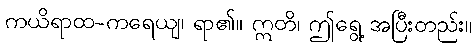
ကယိရာထ-ကရေယျ၊ ရာ၏။ ဣတိ၊ ဤရွေ့ အပြီးတည်း။